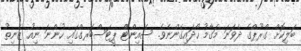
ބަލިކޮށް ގްރޫޕްގެ ދެވަނަ މަގާމު ހޯދައިގެންނެވެ. ސެއިންޓް ޕީޓަސްބަރގްގައި ހުންނަ ނިއު ޒެނިތު